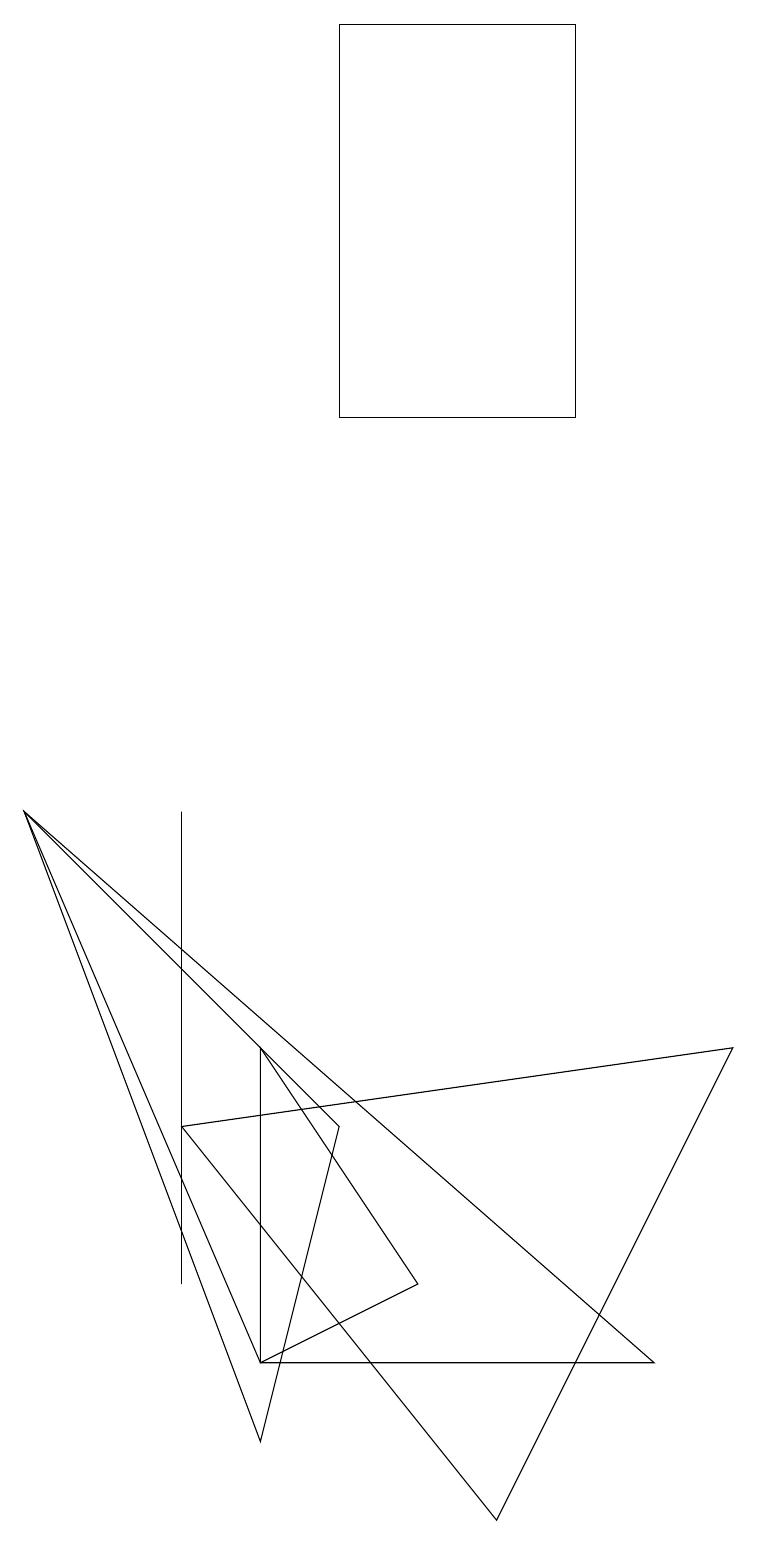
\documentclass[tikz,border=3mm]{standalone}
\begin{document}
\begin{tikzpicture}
\draw (4,14) rectangle (7,19);
\draw (0,9) -- (8,2) -- (3,2) -- cycle;
\draw (3,1) -- (0,9) -- (4,5) -- cycle;
\draw (9,6) -- (2,5) -- (6,0) -- cycle;
\draw (2,9) -- (2,3) -- (2,3) -- cycle;
\draw (3,2) -- (5,3) -- (3,6) -- cycle;
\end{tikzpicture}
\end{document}